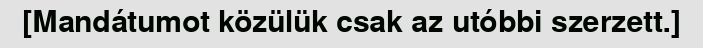
[Mandátumot közülük csak az utóbbi szerzett.]